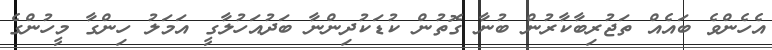
އެހެންވެ ބައެއް ތަޖުރިބާކާރުން ބުނާ ގޮތުން ކުޑަކުދިންނާ ބަދުއަހުލާގީ އަމަލު ހިންގާ މީހުންގެ